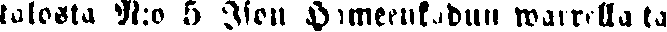
tulosta N:o 5 Ison Hämeenkadun warrella ta